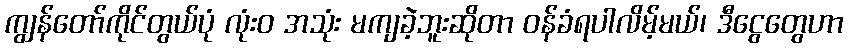
ကျွန်တော်ကိုင်တွယ်ပုံ လုံးဝ အသုံး မကျခဲ့ဘူးဆိုတာ ဝန်ခံရပါလိမ့်မယ်၊ ဒီငွေတွေဟာ